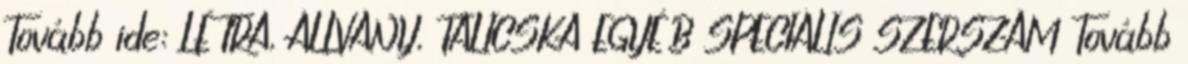
Tovább ide: LÉTRA, ÁLLVÁNY, TALICSKA EGYÉB SPECIÁLIS SZERSZÁM Tovább